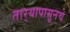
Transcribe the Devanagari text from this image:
तार्‍यापासूनचे